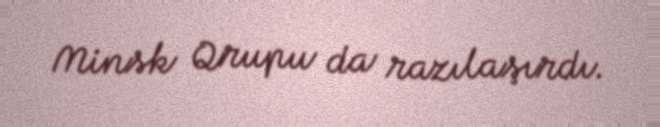
Minsk Qrupu da razılaşırdı.